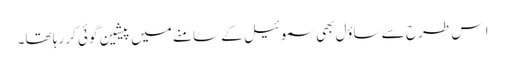
ا س طرح سے ساؤل بھی سموئیل کے سامنے میں پیشین گوئی کر رہا تھا۔